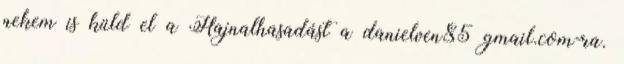
nekem is küld el a Hajnalhasadást a danielven85 gmail.com-ra.